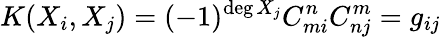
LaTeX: K(X_{i},X_{j})=(-1)^{\deg X_{j}}C_{mi}^{n}C_{nj}^{m}=g_{ij}